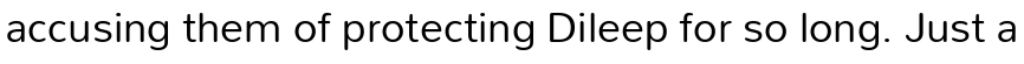
accusing them of protecting Dileep for so long. Just a